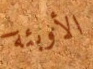
الأوبئة